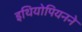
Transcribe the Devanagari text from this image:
इथियोपियनने